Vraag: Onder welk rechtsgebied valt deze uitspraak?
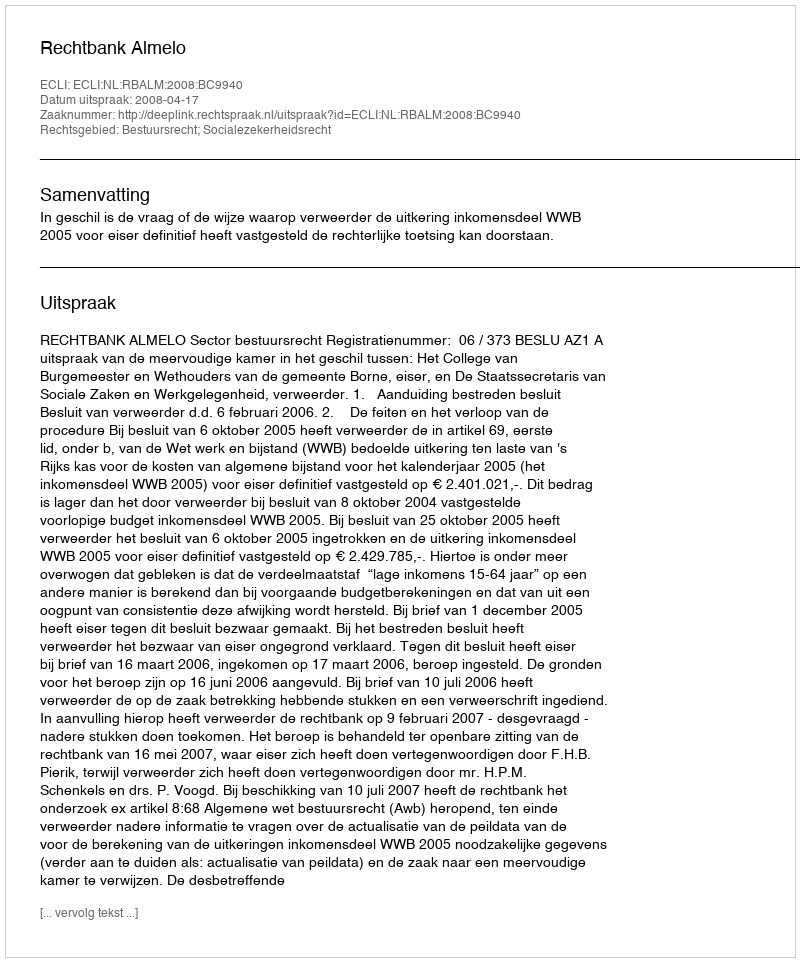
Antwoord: Bestuursrecht; Socialezekerheidsrecht